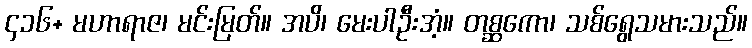
၄၁၆+ မဟာရာဇ၊ မင်းမြတ်။ အပိ၊ မေးပါဦးအံ့။ တစ္ဆကော၊ သစ်ရွေသမားသည်။